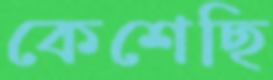
কেশেছি